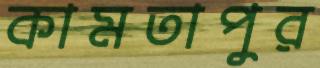
কামতাপুর